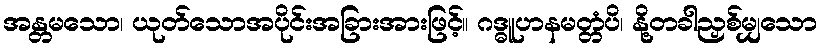
အန္တမသော၊ ယုတ်သောအပိုင်းအခြားအားဖြင့်။ ဂဒ္ဓူဟနမတ္တံပိ၊ နို့တခါညှစ်မျှသော